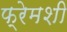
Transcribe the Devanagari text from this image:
फ्रेमशी